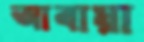
আবায়া